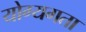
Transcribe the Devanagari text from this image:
योग्यगता